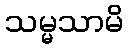
သမ္မသာမိ